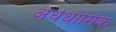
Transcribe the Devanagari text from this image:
अर्धधार्मिक